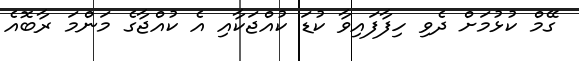
ގޭމް ކުޅުމަށް ދެވި ހިފާފައިވާ ކުޑަ ކުއްޖަކާއި އެ ކުއްޖާގެ މަންމަ ރާބޮއެ